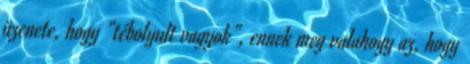
üzenete, hogy "tébolyult vagyok", ennek meg valahogy az, hogy